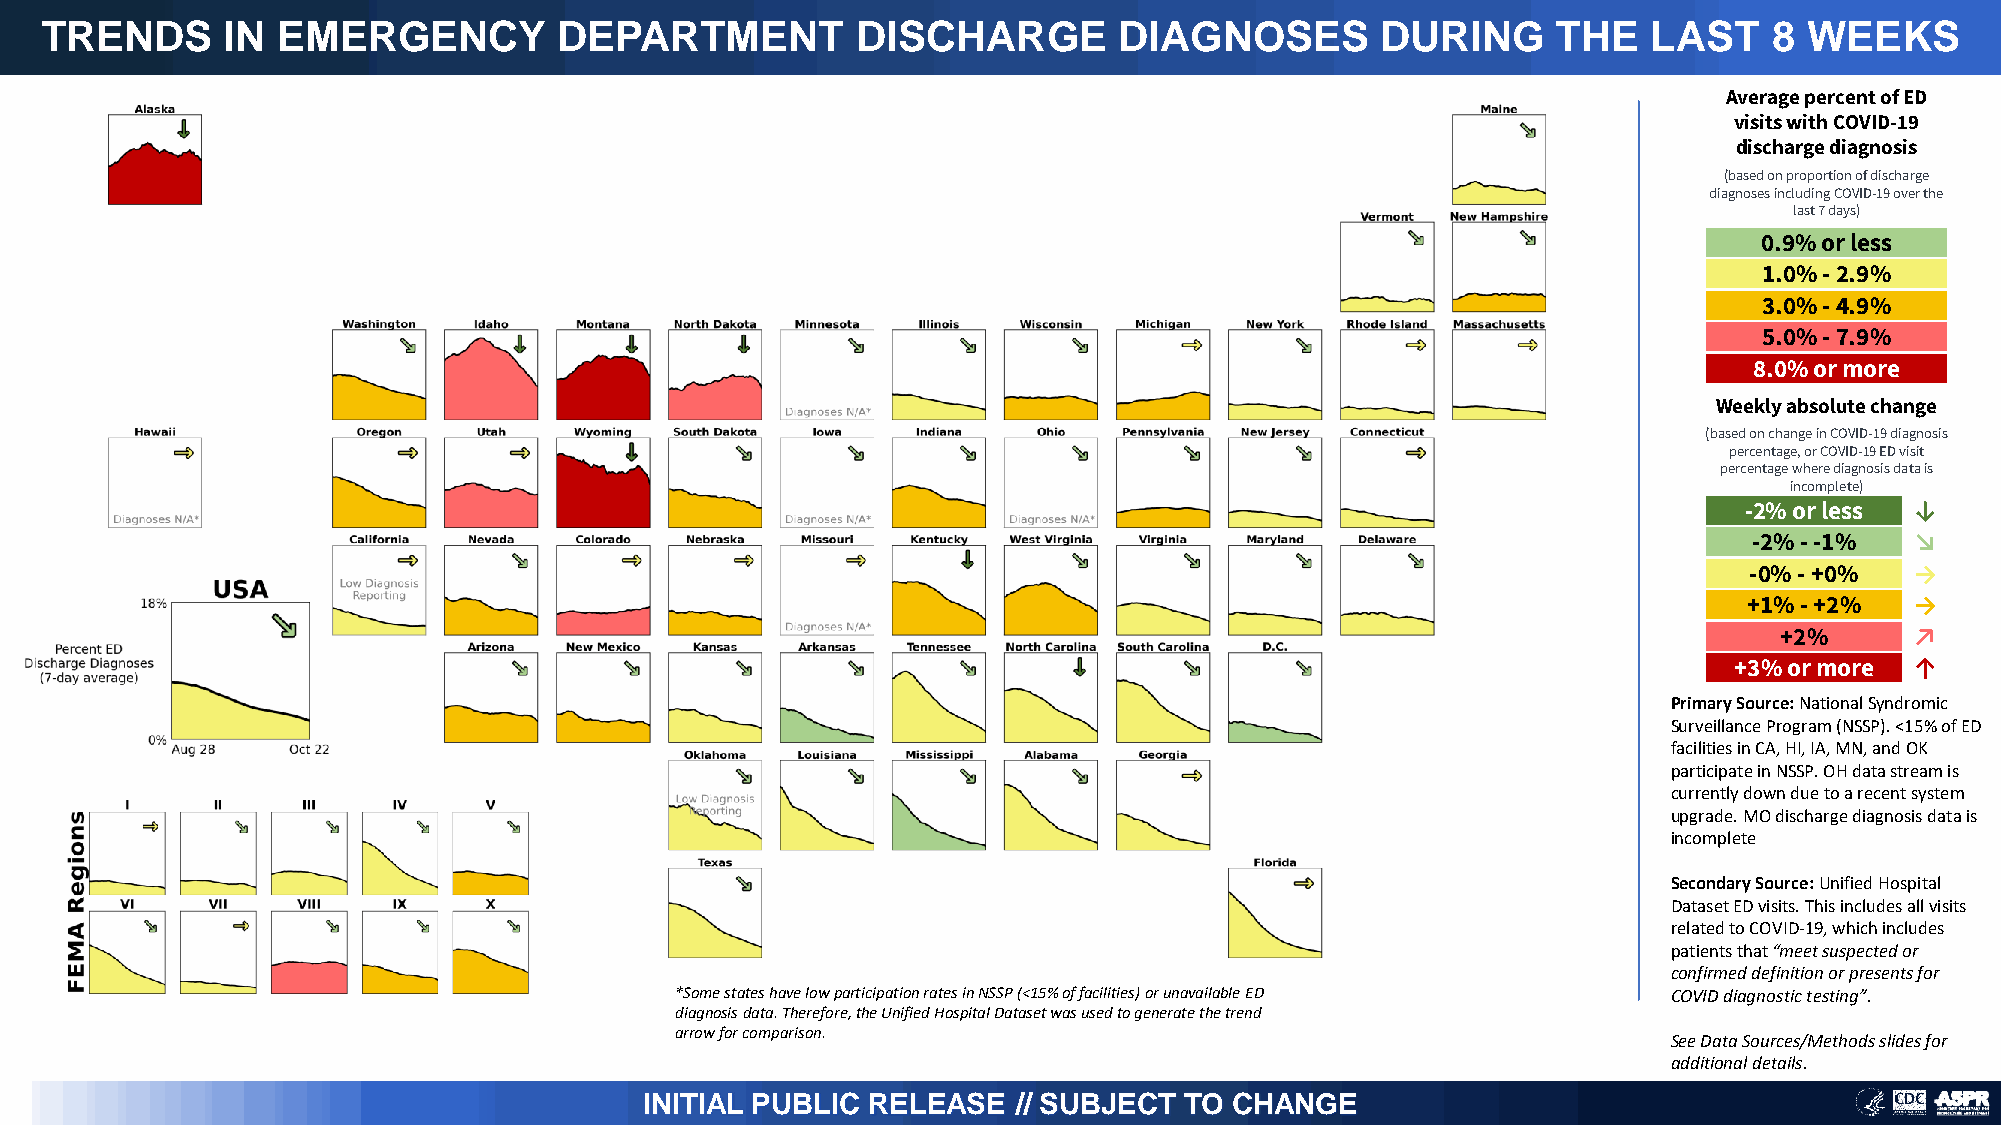
TRENDS      IN EMERGENCY          DEPARTMENT          DISCHARGE        DIAGNOSES        DURING      THE   LAST    8  WEEKS
 Average percent of ED
 visits with COVID-19
 discharge diagnosis
 (based on proportion of discharge
 diagnoses including COVID-19 over the
 last 7 days)
 0.9% or less
 1.0% -2.9%
 3.0% -4.9%
 5.0% -7.9%
 8.0% or more
 Weekly absolute change
 (based on change in COVID-19 diagnosis
 percentage, or COVID-19 ED visit
 percentage where diagnosis data is
 incomplete)
 -2% or less ↓
 -2% --1%   ↘
 -0% -+0%   →
 +1% -+2%   →
 +2%      ↗
 +3% or more ↑
 Primary Source: National Syndromic
 Surveillance Program (NSSP). <15% of ED
 facilities in CA, HI, IA, MN, and OK
 participate in NSSP. OH data stream is
 currently down due to a recent system
 upgrade. MO discharge diagnosis data is
 incomplete
 Secondary Source: Unified Hospital
 Dataset ED visits. This includes all visits
 related to COVID-19, which includes
 patients that “meet suspected or
 confirmed definition or presents for
 *Some states have low participation rates in NSSP (<15% of facilities) or unavailable ED COVID diagnostic testing”.
 diagnosis data. Therefore, the Unified Hospital Dataset was used to generate the trend
 arrow for comparison.
 See Data Sources/Methods slides for
 additional details.
 INITIAL PUBLIC RELEASE  // SUBJECT TO  CHANGE